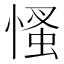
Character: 慅